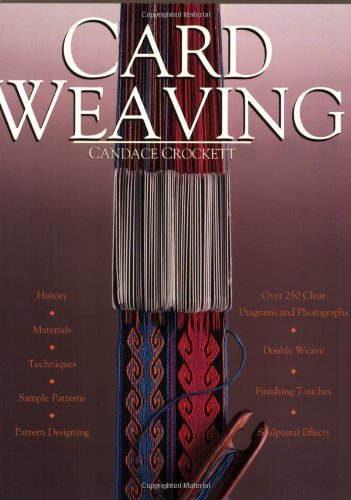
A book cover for Card Weaving; Candace Crockett; Crafts, Hobbies & Home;